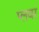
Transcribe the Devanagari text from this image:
प्लवर